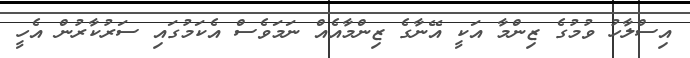
އިސްލާހު ވުމުގެ ޒިންމާ އަކީ އޭނާގެ ޒިންމާއެއް ނަމަވެސް އެކަމުގައި ސަރުކާރުން އެހީ